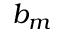
b _ { m }